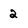
Character: 2